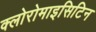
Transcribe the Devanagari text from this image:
क्लोरोमाइसिटिन